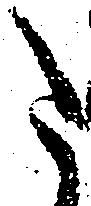
た